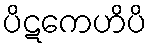
ပိဋကေဟိပိ